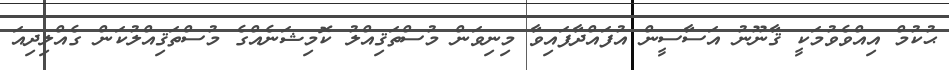
ޙުކުމް އިއްވެވުމަކީ ޤާނޫނު އަސާސީން އުފައްދާފައިވާ މިނިވަން މުސްތަޤިއްލު ކޮމިޝަނެއްގެ މުސްތަޤިއްލުކަން ގެއްލިދިއަ